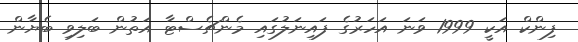
ފިންކް އަކީ 1999 ވަނަ އަހަރުގެ ފައިނަލުގައި މެންޗެސްޓާ އަތުން ބަލިވި ބެޔާން